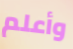
وأعلم